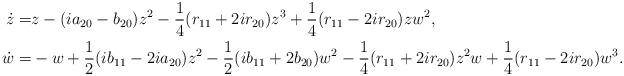
LaTeX: \begin{align*} \begin{aligned}\dot{z}= & z- (i a_{20} - b_{20}) z^2 -\frac{1}{4}( r_{11} + 2 i r_{20}) z^3 +\frac{1}{4} (r_{11} -2 i r_{20}) z w^2,\\\dot{w}= & -w +\frac{1}{2} ( i b_{11}-2 i a_{20}) z^2 - \frac{1}{2}( i b_{11} + 2 b_{20}) w^2-\frac{1}{4} (r_{11} + 2 i r_{20}) z^2 w + \frac{1}{4}(r_{11} - 2 i r_{20}) w^3.\end{aligned}\end{align*}